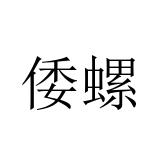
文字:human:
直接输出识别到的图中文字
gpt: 倭螺